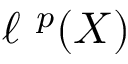
\ell ^ { \ p } ( X )